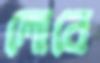
লোবে